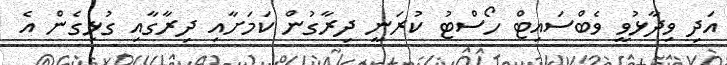
އަދި ވިދާޅުވީ ވެބްސައިޓް ހޯސްޓު ކުރަނީ ދިރާގުން ކަމަށާއި ދިރާގާއި ގުޅިގެން އެ